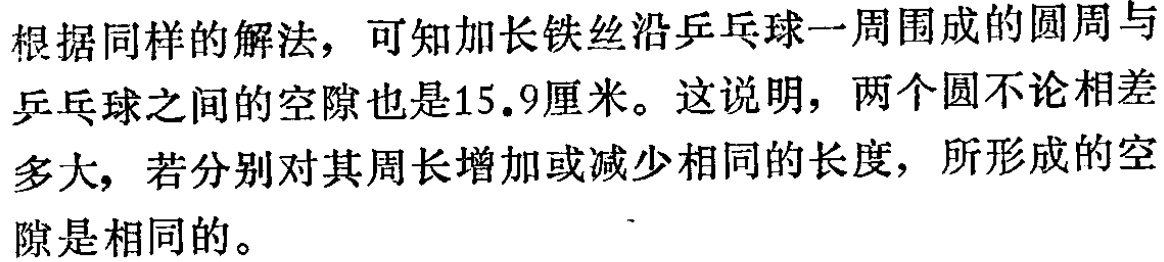
根据同样的解法，可知加长铁丝沿乒乓球一周围成的圆周与乒乓球之间的空隙也是15.9厘米。这说明，两个圆不论相差多大，若分别对其周长增加或减少相同的长度，所形成的空隙是相同的。